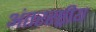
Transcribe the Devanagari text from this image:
अंतररष्ट्रीय